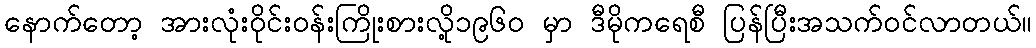
နောက်တော့ အားလုံးဝိုင်းဝန်းကြိုးစားလို့၁၉၆၀ မှာ ဒီမိုကရေစီ ပြန်ပြီးအသက်ဝင်လာတယ်။